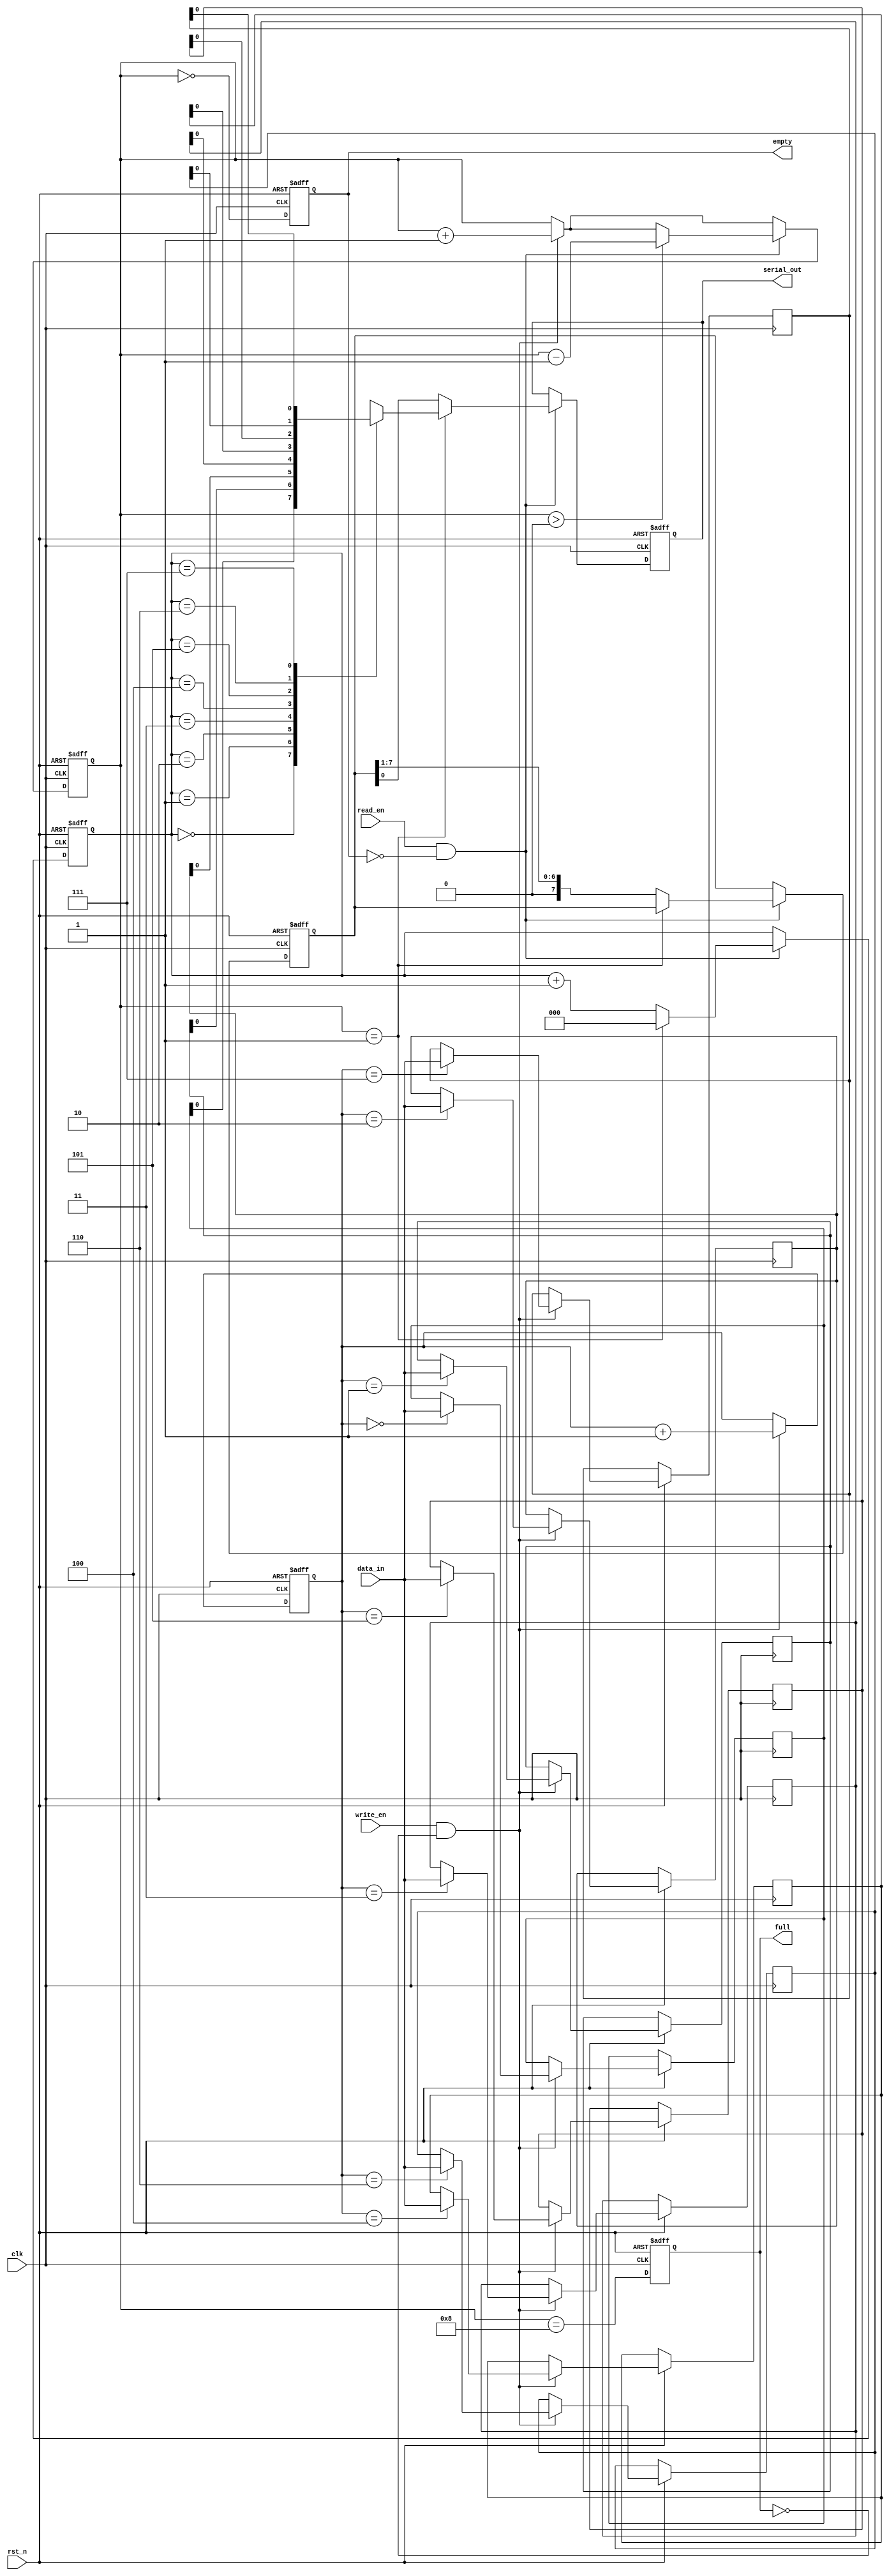
module fifo_piso #(
    parameter DEPTH = 8,   // Define the depth of the FIFO
    parameter WIDTH = 8    // Define the width of the input data
)(
    input wire clk,                // Clock input
    input wire rst_n,              // Active low reset
    input wire write_en,           // Write enable
    input wire read_en,            // Read enable
    input wire [WIDTH-1:0] data_in, // Parallel input data
    output reg serial_out,         // Serial output
    output reg full,               // FIFO full flag
    output reg empty               // FIFO empty flag
);

    // Depth of the FIFO must be a power of 2
    localparam ADDR_WIDTH = $clog2(DEPTH);
    
    // Internal storage
    reg [WIDTH-1:0] fifo_mem [0:DEPTH-1]; // FIFO memory
    reg [ADDR_WIDTH-1:0] write_ptr;        // Write pointer
    reg [ADDR_WIDTH-1:0] read_ptr;         // Read pointer
    reg [ADDR_WIDTH:0] count;               // Counter to track number of elements

    // Shift register for serial output
    reg [WIDTH-1:0] shift_reg;
    
    // Sequential logic for write and read operations
    always @(posedge clk or negedge rst_n) begin
        if (!rst_n) begin
            // Resetting the state
            write_ptr <= 0;
            read_ptr <= 0;
            count <= 0;
            full <= 0;
            empty <= 1;
            serial_out <= 0;
            shift_reg <= 0;
        end else begin
            // Write operation
            if (write_en && !full) begin
                fifo_mem[write_ptr] <= data_in; // Store the input data
                write_ptr <= write_ptr + 1;     // Move write pointer
                count <= count + 1;             // Increment count
            end
            
            // Read operation
            if (read_en && !empty) begin
                if (count == 1) begin
                    serial_out <= fifo_mem[read_ptr][0]; // Output the last bit of last entry
                end else begin
                    // Shift out bits serially
                    shift_reg <= fifo_mem[read_ptr];
                    serial_out <= shift_reg[0]; // Output the least significant bit
                    shift_reg <= {1'b0, shift_reg[WIDTH-1:1]}; // Shift left
                end
                if (count > 0) count <= count - 1; // Decrement count
                if (count == 1) begin
                    read_ptr <= 0; // Reset read pointer when last element is read
                end else begin
                    read_ptr <= read_ptr + 1; // Move read pointer
                end
            end

            // Update full and empty flags
            full <= (count == DEPTH);
            empty <= (count == 0);
        end
    end
endmodule